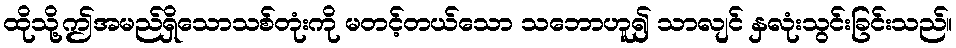
ထိုသို့ဤအမည်ရှိသောသစ်တုံးကို မတင့်တယ်သော သဘောဟူ၍ သာလျင် နှလုံးသွင်းခြင်းသည်။